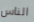
الناس